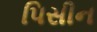
પિસીન